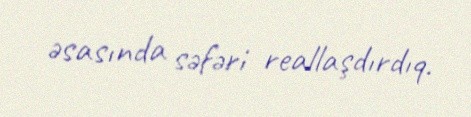
əsasında səfəri reallaşdırdıq.